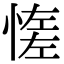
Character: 𢞑